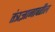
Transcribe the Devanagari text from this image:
तंत्रज्ञानावरील